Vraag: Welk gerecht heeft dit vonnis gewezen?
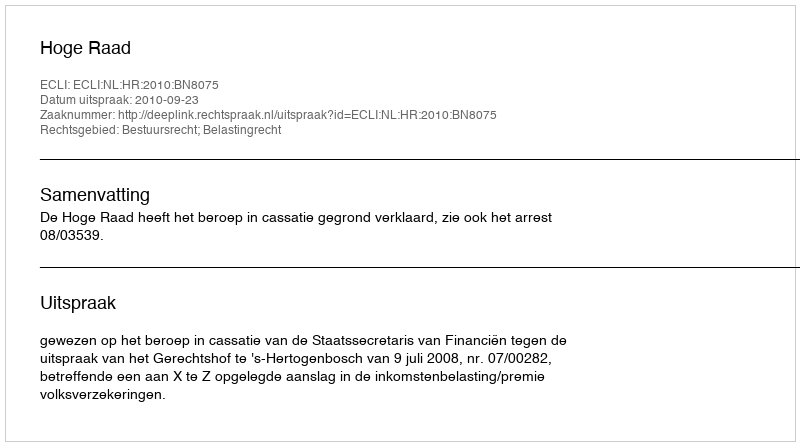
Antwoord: Hoge Raad